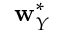
\mathbf { w } _ { Y } ^ { * }